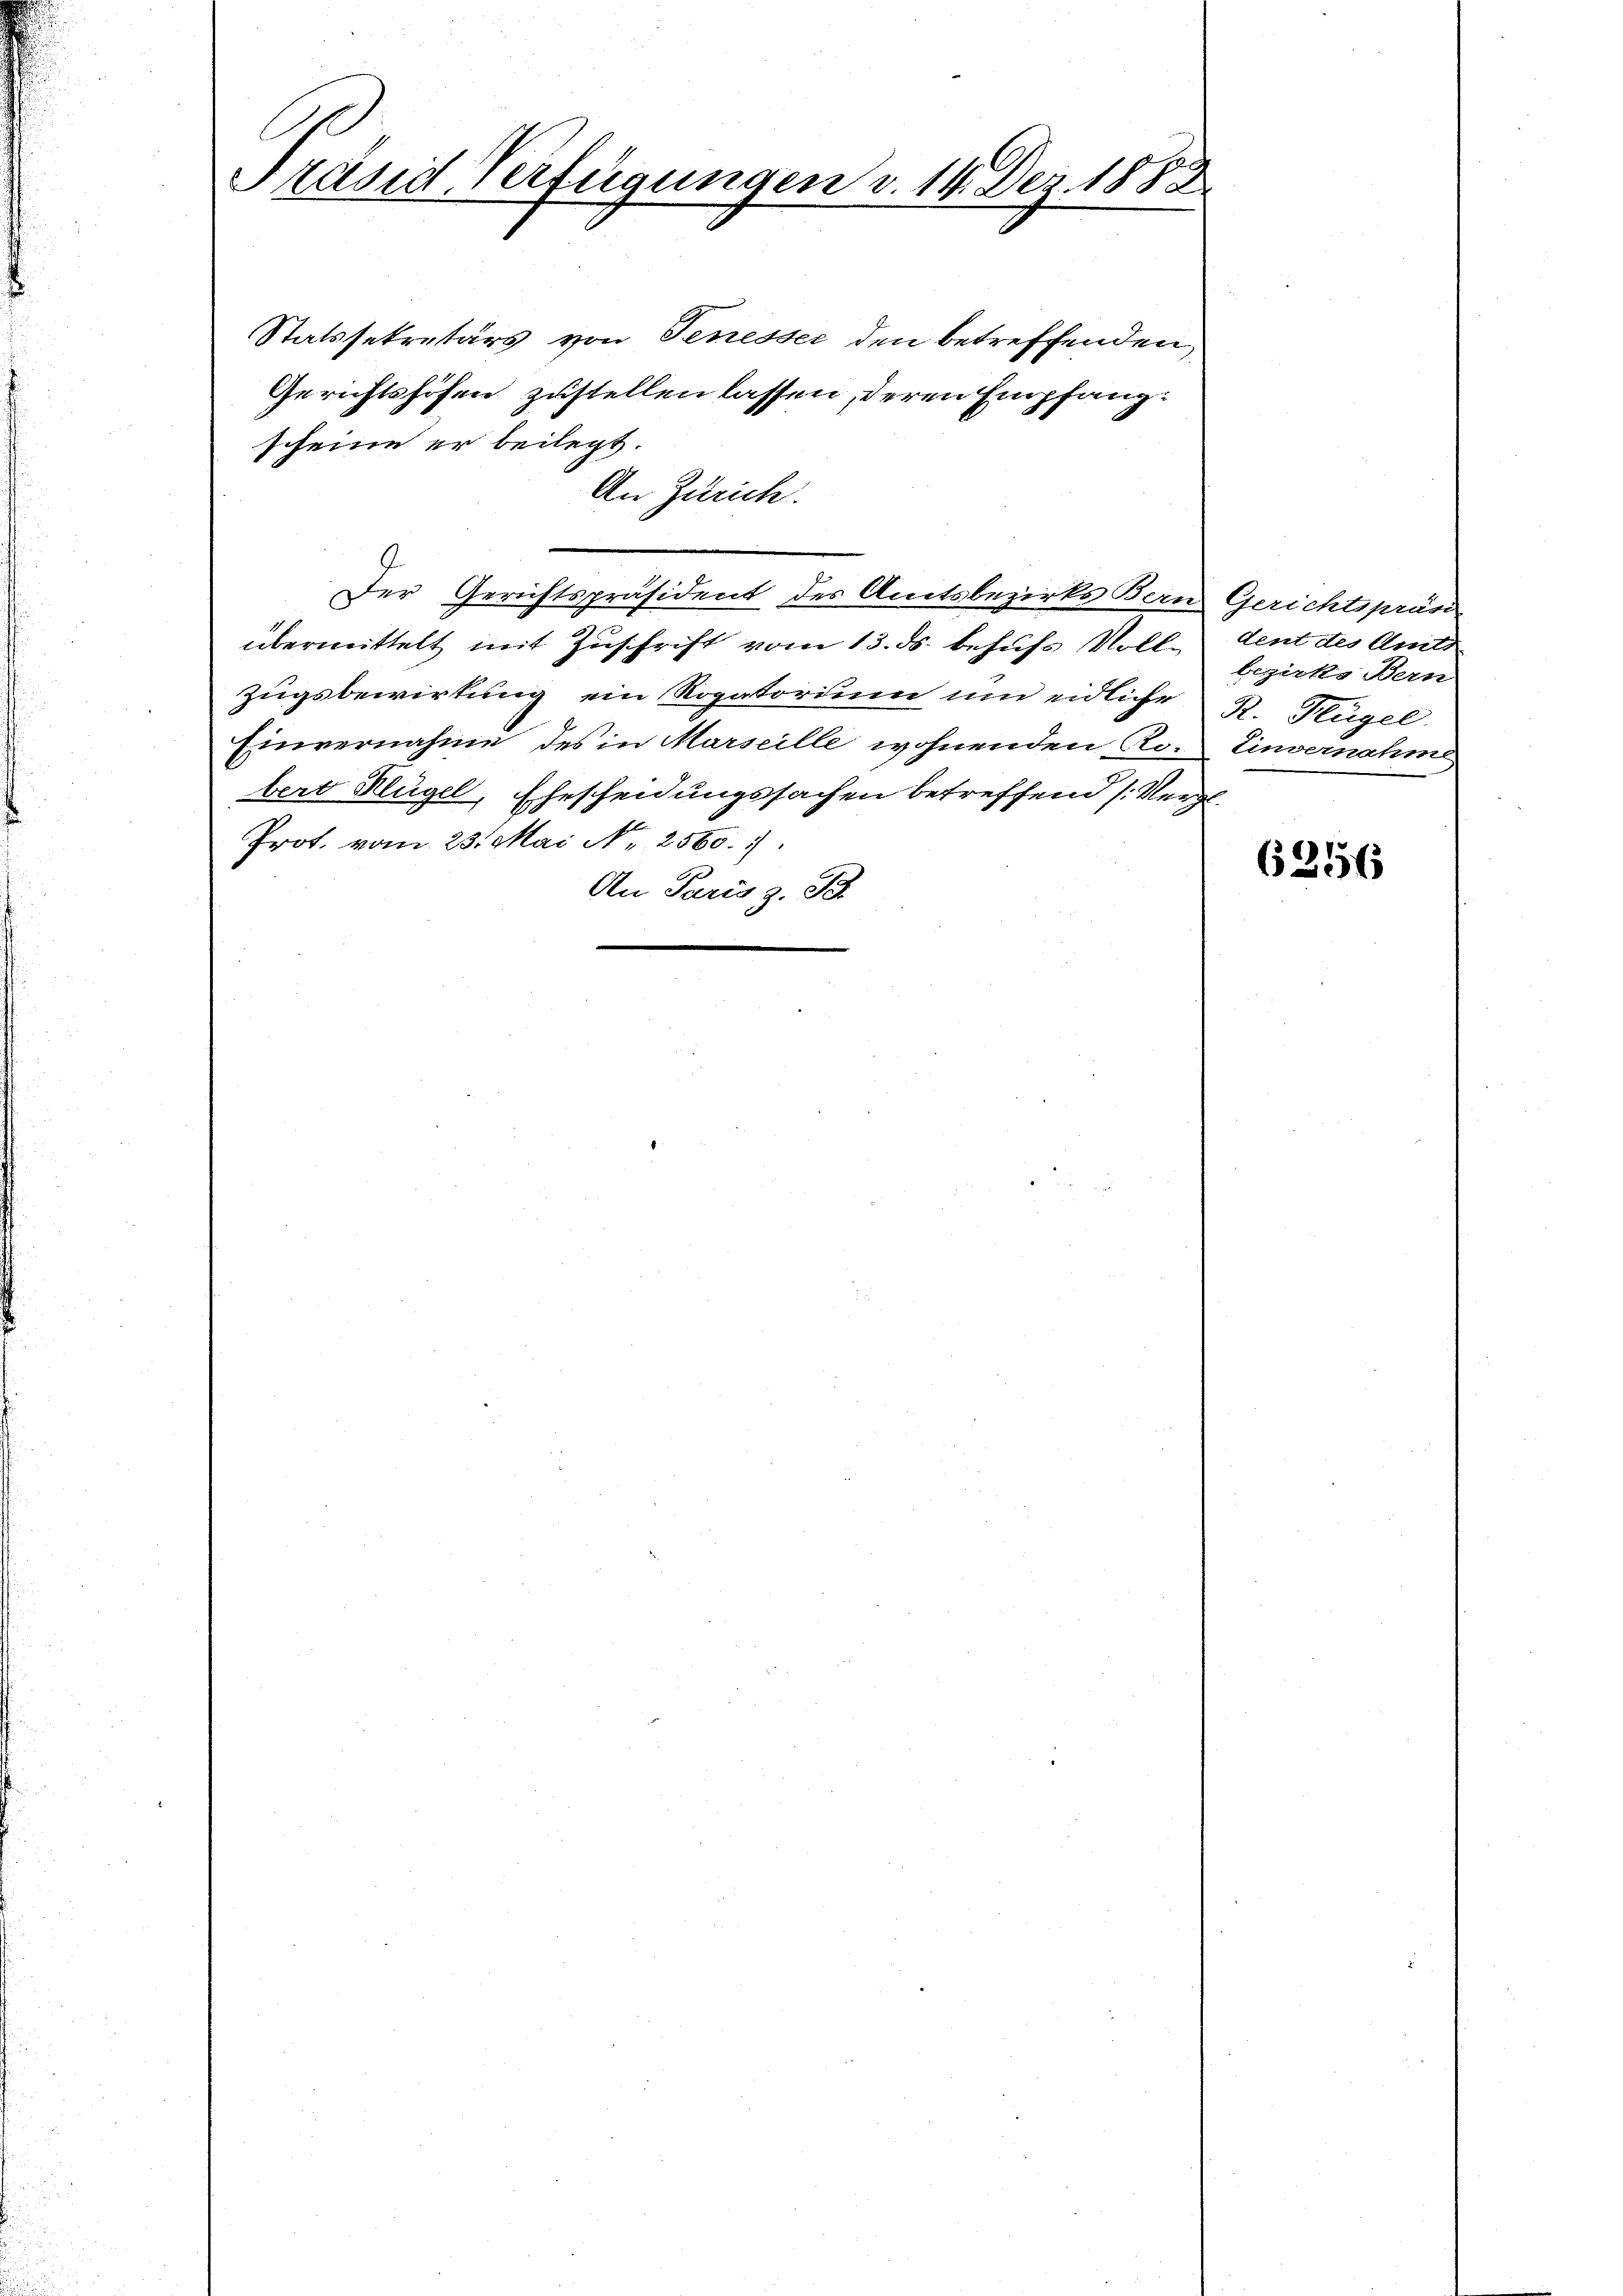
Präsid Verfügungen v. 14. Dez. 1883

Statssekretärs von Tenesser den betreffenden
Gerichtshofen zustellen lassen, deren Empfangscheine er beilegt.
An Zürich.
Der Gerichtspräsident des Amtsbezirks Bern Gerichtspräs
übermittelt mit Zuschrift vom 13. ds. behufs Volle dent des Amts
Zugsbewirkung ein Rogatorium um eidliche R. Hügel
Einvernahme des in Marseille wohnenden Ro. Einvernahme
bert Hügel, Ehescheidungssachen betreffend (Vergl.
Prot. vom 23. Mai N. 2560. 1
An Paris z. Sc

bezirks Bern

6256